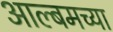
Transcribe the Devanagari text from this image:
आल्बमच्या